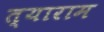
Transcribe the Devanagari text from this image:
त्याराम